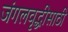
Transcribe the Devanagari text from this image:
जंगलवृद्धीसाठी